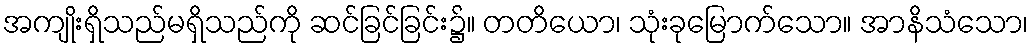
အကျိုးရှိသည်မရှိသည်ကို ဆင်ခြင်ခြင်း၌။ တတိယော၊ သုံးခုမြောက်သော။ အာနိသံသော၊